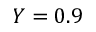
Y = 0 . 9